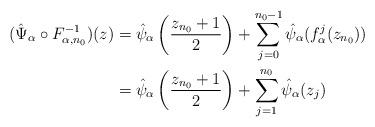
LaTeX: \begin{align*}(\hat \Psi_{\alpha} \circ F_{\alpha, n_0}^{-1})(z)&=\hat \psi_{\alpha}\left(\frac{z_{n_0}+1}{2} \right)+\sum_{j=0}^{n_0-1} \hat \psi_{\alpha}(f_{\alpha}^j(z_{n_0}))\\&=\hat \psi_{\alpha}\left(\frac{z_{n_0}+1}{2} \right)+\sum_{j=1}^{n_0} \hat \psi_{\alpha}(z_{j})\end{align*}